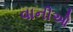
વાનીઓ